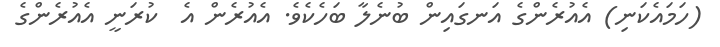
(ހަމައެކަނި) އެއުރެންގެ އަނގައިން ބުނެލާ ބަހެކެވެ. އެއުރެން އެ  ކުރަނީ އެއުރެންގެ